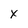
Character: X